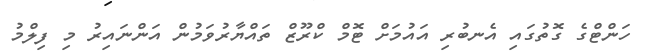
ހަންޓްގެ ގޮތުގައި އެނބުރި އައުމަށް ޓޮމް ކްރޫޒް ތައްޔާރުވަމުން އަންނައިރު މި ފިލްމު